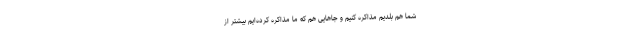
شما هم بلدیم مذاکره کنیم و جاهایی هم که ما مذاکره کرده‌ایم بیشتر از